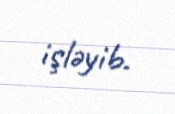
işləyib.